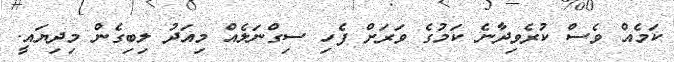
ކަމެއް ވެސް ކުރެވިދާނެ ކަމުގެ ވަރަށް ފެހި ސިގްނަލެއް މިއަދު ލިބިގެން މިދިޔައީ.